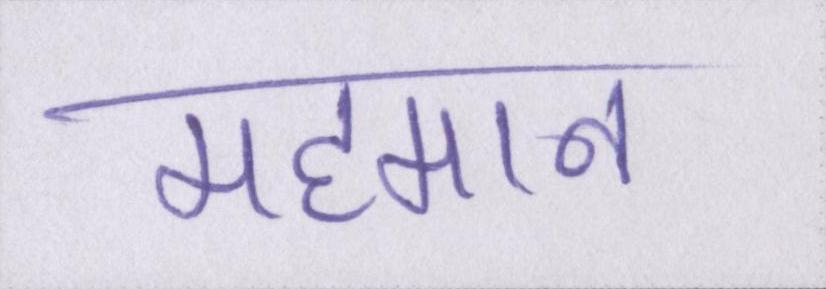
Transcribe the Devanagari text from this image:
महमान